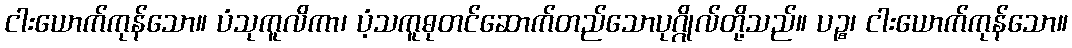
ငါးယောက်ကုန်သော။ ပံသုကူလိကာ၊ ပံ့သကူဓုတင်ဆောက်တည်သောပုဂ္ဂိုလ်တို့သည်။ ပဉ္စ၊ ငါးယောက်ကုန်သော။